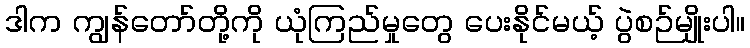
ဒါက ကျွန်တော်တို့ကို ယုံကြည်မှုတွေ ပေးနိုင်မယ့် ပွဲစဉ်မျိုးပါ။